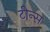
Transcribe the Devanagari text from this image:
टीन्स